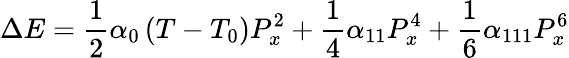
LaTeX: \Delta E={\frac{1}{2}}\alpha_{0}\left(T-T_{0}\right)P_{x}^{2}+{\frac{1}{4}}\alpha_{11}P_{x}^{4}+{\frac{1}{6}}\alpha_{111}P_{x}^{6}